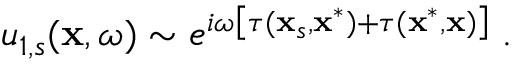
u _ { 1 , s } ( \mathbf { x } , \omega ) \sim e ^ { i \omega \left[ \tau ( \mathbf { x } _ { s } , \mathbf { x } ^ { * } ) + \tau ( \mathbf { x } ^ { * } , \mathbf { x } ) \right] } \; .